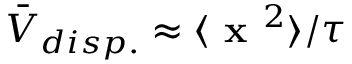
\bar { V } _ { d i s p . } \approx \langle \textbf { x } ^ { 2 } \rangle / \tau